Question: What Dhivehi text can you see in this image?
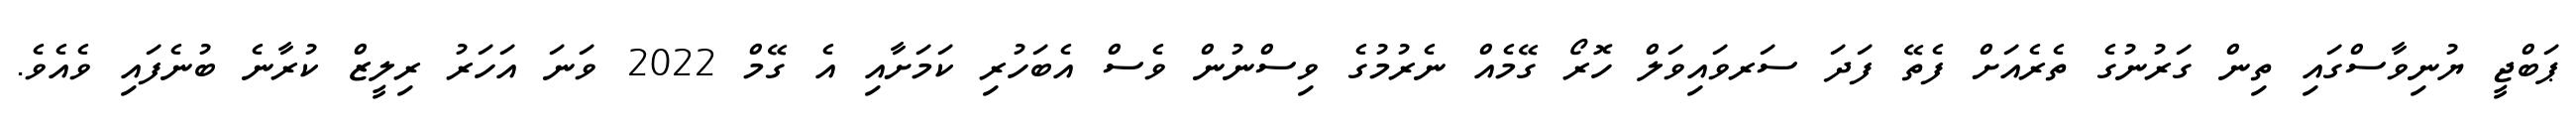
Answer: ޕަބްޖީ ޔުނިވާސްގައި ތިން ގަރުނުގެ ތެރެއަށް ފެތޭ ފަދަ ސަރވައިވަލް ހޮރޯ ގޭމެއް ނެރުމުގެ ވިސްނުން ވެސް އެބަހުރި ކަމަށާއި އެ ގޭމް 2022 ވަނަ އަހަރު ރިލީޒް ކުރާނެ ބުނެފައި ވެއެވެ.